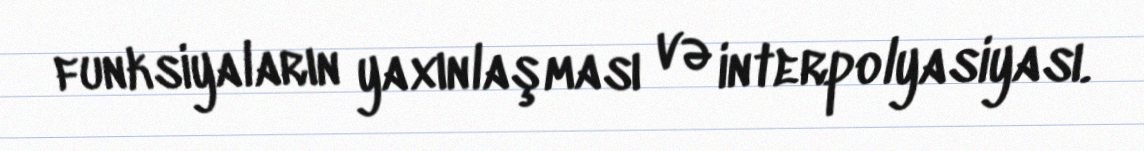
funksiyaların yaxınlaşması və interpolyasiyası.